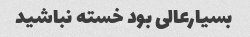
بسیارعالی بود خسته نباشید